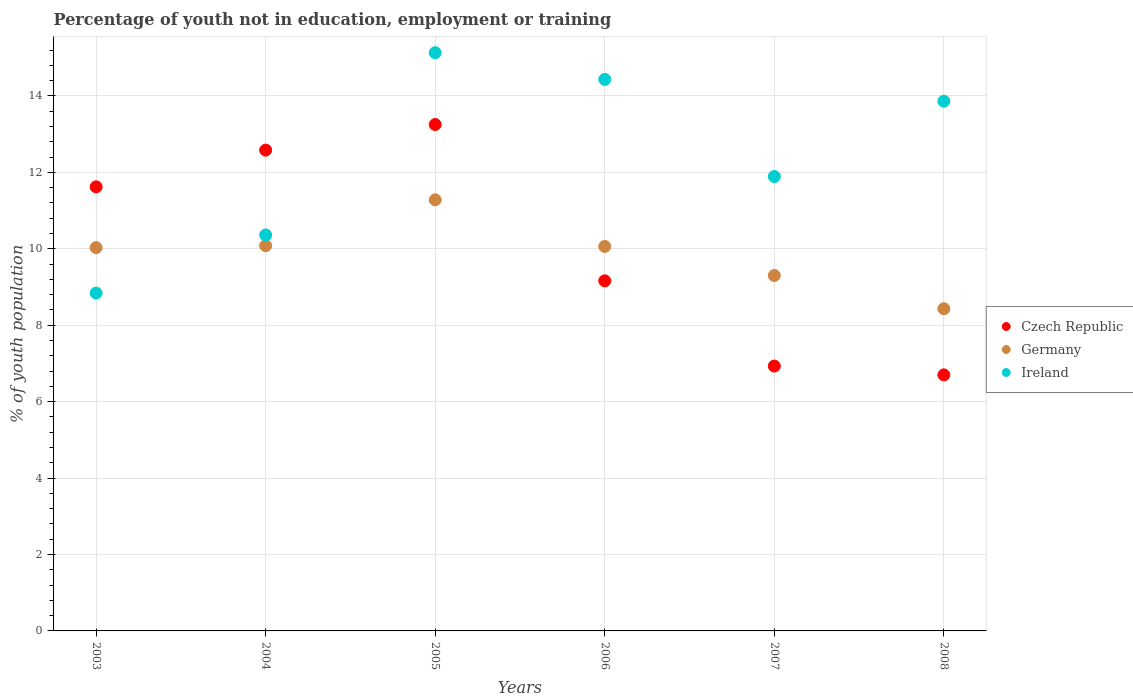
| Years | Czech Republic | Germany | Ireland |
 | --- | --- | --- | --- |
 | 2003 | 11.6 | 10 | 8.84 |
 | 2004 | 12.6 | 10.1 | 10.4 |
 | 2005 | 13.2 | 11.3 | 15.1 |
 | 2006 | 9.16 | 10.1 | 14.4 |
 | 2007 | 6.93 | 9.3 | 11.9 |
 | 2008 | 6.7 | 8.43 | 13.9 |